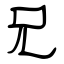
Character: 兄